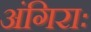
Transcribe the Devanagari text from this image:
अंगिराः